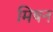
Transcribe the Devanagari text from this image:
मिषन